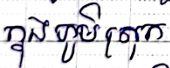
ក្នុងភូមិស្រុក